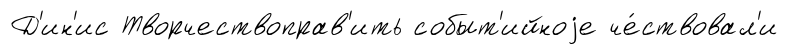
Д'ин'ис Творчествоправ'ить событ'ийноjе че́ствовал'и